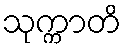
သုက္ကာတိ